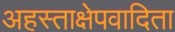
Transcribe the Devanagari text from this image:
अहस्ताक्षेपवादिता